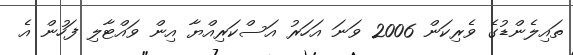
ތައިލެންޑުގެ ވެރިކަން 2006 ވަނަ އަހަރު އަސްކަރިއްޔާ އިން ވައްޓާލި ފަހުން އެ